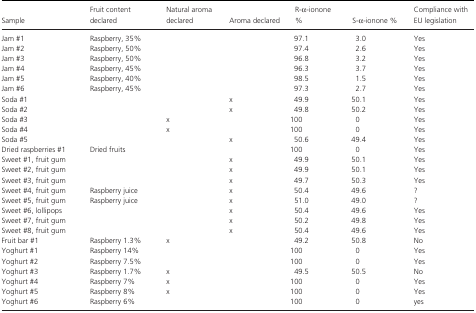
<table><thead><tr><td><b>Sample</b></td><td><b>Fruit content declared</b></td><td><b>Natural aroma declared</b></td><td><b>Aroma declared</b></td><td><b>R‐<i>α</i>‐ionone %</b></td><td><b>S‐<i>α</i>‐ionone %</b></td><td><b>Compliance with EU legislation</b></td></tr></thead><tbody><tr><td>Jam #1</td><td>Raspberry, 35%</td><td></td><td></td><td>97.1</td><td>3.0</td><td>Yes</td></tr><tr><td>Jam #2</td><td>Raspberry, 50%</td><td></td><td></td><td>97.4</td><td>2.6</td><td>Yes</td></tr><tr><td>Jam #3</td><td>Raspberry, 50%</td><td></td><td></td><td>96.8</td><td>3.2</td><td>Yes</td></tr><tr><td>Jam #4</td><td>Raspberry, 45%</td><td></td><td></td><td>96.3</td><td>3.7</td><td>Yes</td></tr><tr><td>Jam #5</td><td>Raspberry, 40%</td><td></td><td></td><td>98.5</td><td>1.5</td><td>Yes</td></tr><tr><td>Jam #6</td><td>Raspberry, 45%</td><td></td><td></td><td>97.3</td><td>2.7</td><td>Yes</td></tr><tr><td>Soda #1</td><td></td><td></td><td>x</td><td>49.9</td><td>50.1</td><td>Yes</td></tr><tr><td>Soda #2</td><td></td><td></td><td>x</td><td>49.8</td><td>50.2</td><td>Yes</td></tr><tr><td>Soda #3</td><td></td><td>x</td><td></td><td>100</td><td>0</td><td>Yes</td></tr><tr><td>Soda #4</td><td></td><td>x</td><td></td><td>100</td><td>0</td><td>Yes</td></tr><tr><td>Soda #5</td><td></td><td></td><td>x</td><td>50.6</td><td>49.4</td><td>Yes</td></tr><tr><td>Dried raspberries #1</td><td>Dried fruits</td><td></td><td></td><td>100</td><td>0</td><td>Yes</td></tr><tr><td>Sweet #1, fruit gum</td><td></td><td></td><td>x</td><td>49.9</td><td>50.1</td><td>Yes</td></tr><tr><td>Sweet #2, fruit gum</td><td></td><td></td><td>x</td><td>49.9</td><td>50.1</td><td>Yes</td></tr><tr><td>Sweet #3, fruit gum</td><td></td><td></td><td>x</td><td>49.7</td><td>50.3</td><td>Yes</td></tr><tr><td>Sweet #4, fruit gum</td><td>Raspberry juice</td><td></td><td>x</td><td>50.4</td><td>49.6</td><td>?</td></tr><tr><td>Sweet #5, fruit gum</td><td>Raspberry juice</td><td></td><td>x</td><td>51.0</td><td>49.0</td><td>?</td></tr><tr><td>Sweet #6, lollipops</td><td></td><td></td><td>x</td><td>50.4</td><td>49.6</td><td>Yes</td></tr><tr><td>Sweet #7, fruit gum</td><td></td><td></td><td>x</td><td>50.2</td><td>49.8</td><td>Yes</td></tr><tr><td>Sweet #8, fruit gum</td><td></td><td></td><td>x</td><td>50.4</td><td>49.6</td><td>Yes</td></tr><tr><td>Fruit bar #1</td><td>Raspberry 1.3%</td><td>x</td><td></td><td>49.2</td><td>50.8</td><td>No</td></tr><tr><td>Yoghurt #1</td><td>Raspberry 14%</td><td></td><td></td><td>100</td><td>0</td><td>Yes</td></tr><tr><td>Yoghurt #2</td><td>Raspberry 7.5%</td><td></td><td></td><td>100</td><td>0</td><td>Yes</td></tr><tr><td>Yoghurt #3</td><td>Raspberry 1.7%</td><td>x</td><td></td><td>49.5</td><td>50.5</td><td>No</td></tr><tr><td>Yoghurt #4</td><td>Raspberry 7%</td><td>x</td><td></td><td>100</td><td>0</td><td>Yes</td></tr><tr><td>Yoghurt #5</td><td>Raspberry 8%</td><td>x</td><td></td><td>100</td><td>0</td><td>Yes</td></tr><tr><td>Yoghurt #6</td><td>Raspberry 6%</td><td></td><td></td><td>100</td><td>0</td><td>yes</td></tr></tbody></table>